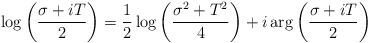
LaTeX: \begin{align*} \log \left(\frac{\sigma+iT}{2}\right)=\frac{1}{2}\log \left(\frac{\sigma^2+T^2}{4}\right)+i\arg \left(\frac{\sigma+iT}{2}\right) \end{align*}